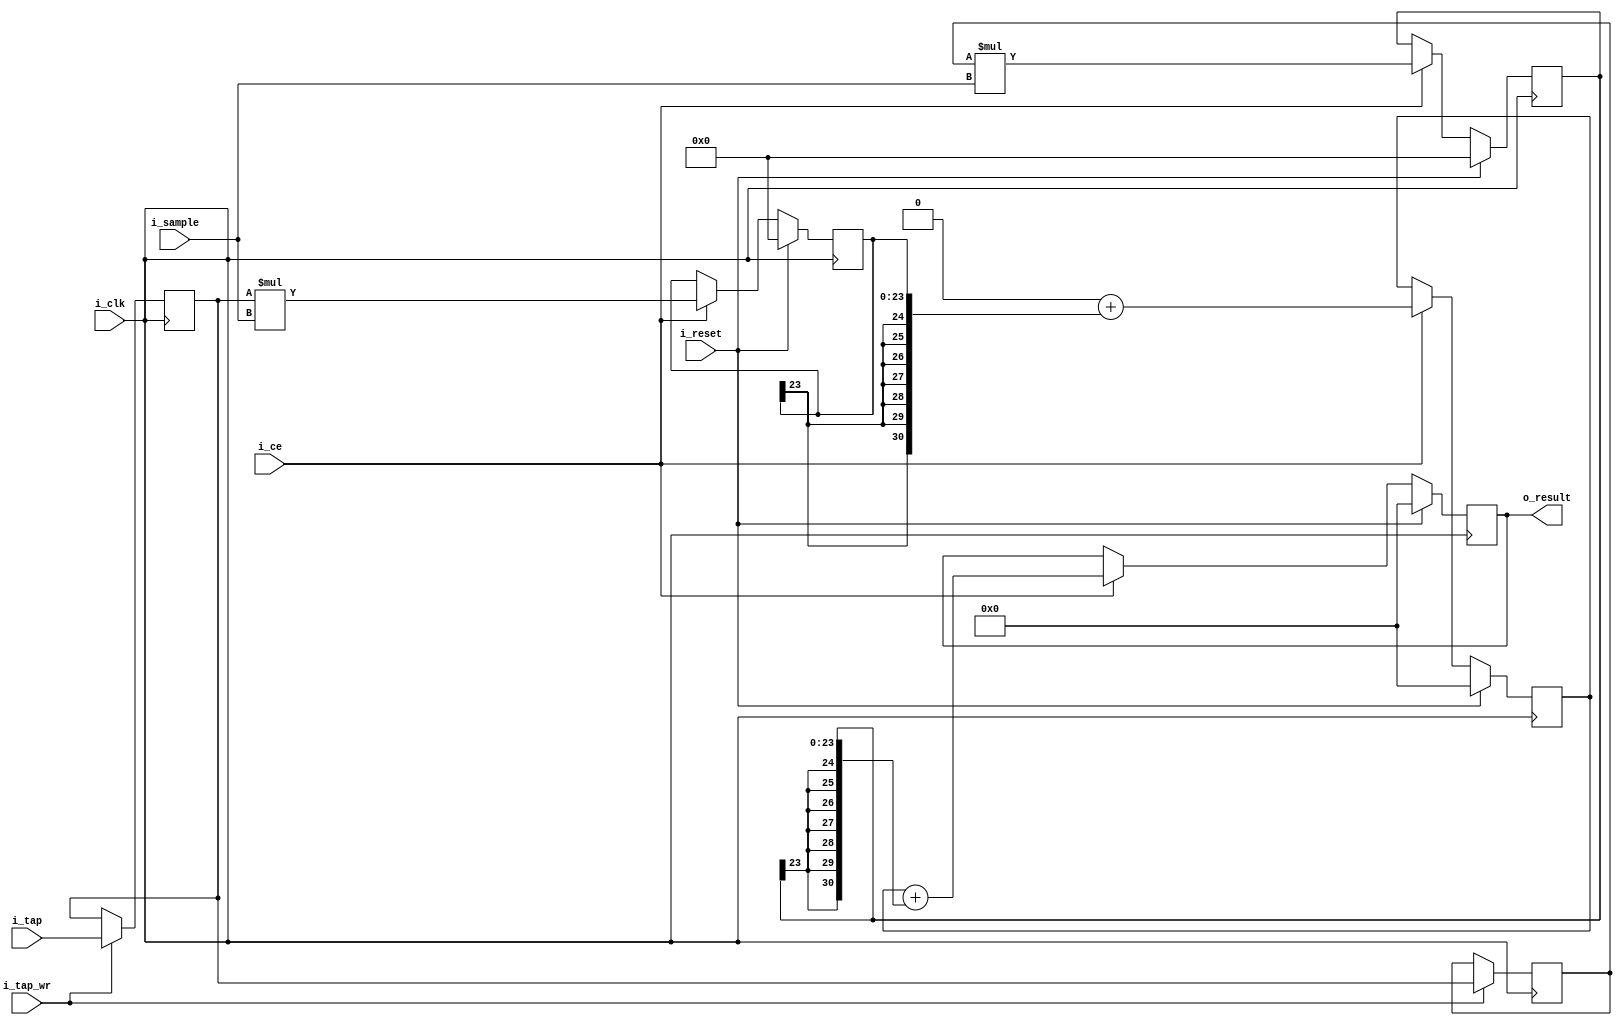
// Citation https://github.com/ZipCPU/dspfilters/blob/master/rtl/fastfir.v
module fastfir_dynamictaps(i_clk, i_reset, i_tap_wr, i_tap, i_ce, i_sample, o_result);
  wire [30:0] _00_;
  wire [23:0] _01_;
  wire [11:0] _02_;
  wire [30:0] _03_;
  wire [23:0] _04_;
  wire [30:0] _05_;
  wire [23:0] _06_;
  wire [30:0] _07_;
  wire [23:0] _08_;
  wire [11:0] _09_;
  wire [30:0] _10_;
  wire [23:0] _11_;
  wire [30:0] _12_;
  wire [23:0] _13_;
  wire [11:0] \fir.FILTER[0].tapk.delayed_sample ;
  reg [30:0] \fir.FILTER[0].tapk.o_acc  = 31'h00000000;
  wire [11:0] \fir.FILTER[0].tapk.o_sample ;
  reg [23:0] \fir.FILTER[0].tapk.product ;
  reg [11:0] \fir.FILTER[0].tapk.tap  = 12'h000;
  wire [11:0] \fir.FILTER[1].tapk.delayed_sample ;
  wire [30:0] \fir.FILTER[1].tapk.o_acc ;
  wire [11:0] \fir.FILTER[1].tapk.o_sample ;
  reg [23:0] \fir.FILTER[1].tapk.product ;
  reg [11:0] \fir.FILTER[1].tapk.tap  = 12'h000;
  input i_ce;
  input i_clk;
  input i_reset;
  input [11:0] i_sample;
  input [11:0] i_tap;
  input i_tap_wr;
  output [30:0] o_result;
  reg [30:0] o_result;
  assign _03_ = 31'h00000000 + { \fir.FILTER[0].tapk.product [23], \fir.FILTER[0].tapk.product [23], \fir.FILTER[0].tapk.product [23], \fir.FILTER[0].tapk.product [23], \fir.FILTER[0].tapk.product [23], \fir.FILTER[0].tapk.product [23], \fir.FILTER[0].tapk.product [23], \fir.FILTER[0].tapk.product  };
  assign _04_ = $signed(\fir.FILTER[0].tapk.tap ) * $signed(i_sample);
  always @(posedge i_clk)
      \fir.FILTER[0].tapk.tap  <= _02_;
  always @(posedge i_clk)
      \fir.FILTER[0].tapk.o_acc  <= _00_;
  always @(posedge i_clk)
      \fir.FILTER[0].tapk.product  <= _01_;
  assign _02_ = i_tap_wr ? i_tap : \fir.FILTER[0].tapk.tap ;
  assign _05_ = i_ce ? _03_ : \fir.FILTER[0].tapk.o_acc ;
  assign _00_ = i_reset ? 31'h00000000 : _05_;
  assign _06_ = i_ce ? _04_ : \fir.FILTER[0].tapk.product ;
  assign _01_ = i_reset ? 24'h000000 : _06_;
  assign _10_ = \fir.FILTER[0].tapk.o_acc  + { \fir.FILTER[1].tapk.product [23], \fir.FILTER[1].tapk.product [23], \fir.FILTER[1].tapk.product [23], \fir.FILTER[1].tapk.product [23], \fir.FILTER[1].tapk.product [23], \fir.FILTER[1].tapk.product [23], \fir.FILTER[1].tapk.product [23], \fir.FILTER[1].tapk.product  };
  assign _11_ = $signed(\fir.FILTER[1].tapk.tap ) * $signed(i_sample);
  always @(posedge i_clk)
      \fir.FILTER[1].tapk.tap  <= _09_;
  always @(posedge i_clk)
      o_result <= _07_;
  always @(posedge i_clk)
      \fir.FILTER[1].tapk.product  <= _08_;
  assign _09_ = i_tap_wr ? \fir.FILTER[0].tapk.tap  : \fir.FILTER[1].tapk.tap ;
  assign _12_ = i_ce ? _10_ : o_result;
  assign _07_ = i_reset ? 31'h00000000 : _12_;
  assign _13_ = i_ce ? _11_ : \fir.FILTER[1].tapk.product ;
  assign _08_ = i_reset ? 24'h000000 : _13_;
  assign \fir.FILTER[1].tapk.o_acc  = o_result;
endmodule